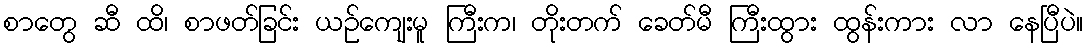
စာတွေ ဆီ ထိ၊ စာဖတ်ခြင်း ယဉ်ကျေးမူ ကြီးက၊ တိုးတက် ခေတ်မီ ကြီးထွား ထွန်းကား လာ နေပြီပဲ။